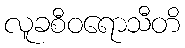
လူခစီဝရောသီတိ